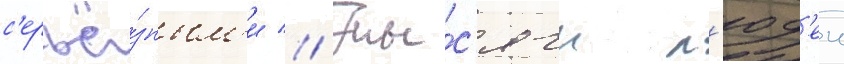
с'ерьё́зным'и // Ты́с'ячи л'юд'еи